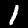
Label: 1